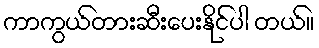
ကာကွယ်တားဆီးပေးနိုင်ပါ တယ်။